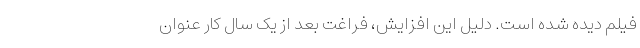
فیلم دیده شده است. دلیل این افزایش، فراغت بعد از یک سال کار عنوان